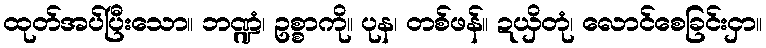
ထုတ်အပ်ပြီးသော။ ဘဏ္ဍံ၊ ဥစ္စာကို။ ပုန၊ တစ်ဖန်။ ဍယှိတုံ၊ လောင်စေခြင်းငှာ။